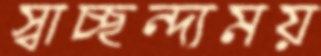
স্বাচ্ছন্দ্যময়